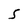
Character: S